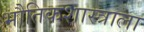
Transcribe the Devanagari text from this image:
भौतिकशास्त्राला